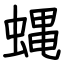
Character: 蝿